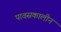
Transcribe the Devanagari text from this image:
पावसकालीन